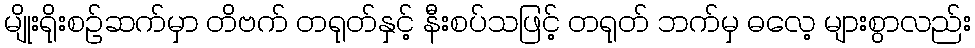
မျိုးရိုးစဉ်ဆက်မှာ တိဗက် တရုတ်နှင့် နီးစပ်သဖြင့် တရုတ် ဘက်မှ ဓလေ့ များစွာလည်း